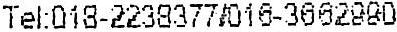
TEL:018-2238377/016-3662880